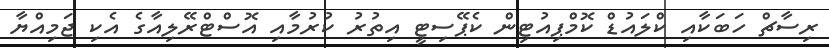
ރިސާޗް ހަބަކާއި ކްލައުޑް ކޮމްޕިއުޓިން ކެޕޭސިޓީ އިތުރު ކުރުމާއި އޮސްޓްރޭލިއާގެ އެކި ޖަމިއްޔާ